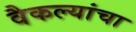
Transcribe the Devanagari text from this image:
वैकल्यांचा